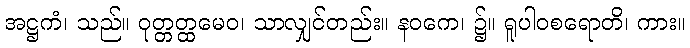
အဋ္ဌကံ၊ သည်။ ဝုတ္တတ္ထမေဝ၊ သာလျှင်တည်း။ နဝကေ၊ ၌။ ရူပါဝစရောတိ၊ ကား။